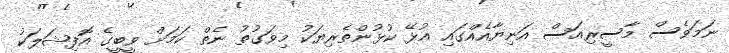
ނަމަވެސް މާސީރިއަސް އަނިޔާއެއްގައި އުޅޭ ކުޅުންތެރިޔަކު މިވަގުތު ނެތް ކަމަށް ވީބީގެ އޮފިޝަލަކު